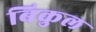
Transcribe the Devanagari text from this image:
बिकुल